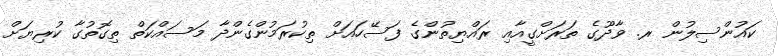
ކައުންސިލުން ރ. ވާދޫގެ ތަރަށްގީއާއި ރައްޔިތުންގެ ފަސޭހައަށް ތިކުރަމުންގެންދާ މަސައްކަތް ތިގޮތުގާ ކުރިޔަށް